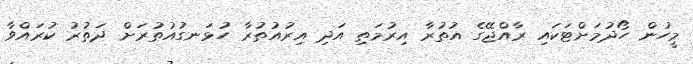
މީހުން ހޯދުމަށްޓަކައި ރާއްޖޭގެ އުތުރާ އިރުމަތި އަދި އިރުއުތުރާ ހުޅަނގުއުތުރަށް ދަތުރު ކުރައްވާ